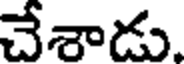
చేశాడు.